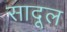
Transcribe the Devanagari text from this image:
सादूल